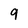
Character: 9